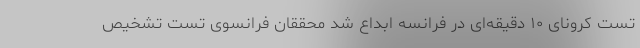
تست کرونای ۱۰ دقیقه‌ای در فرانسه ابداع شد محققان فرانسوی تست تشخیص